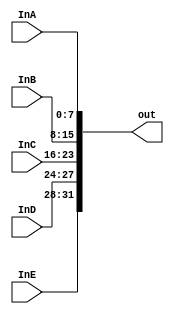
module task2_concatenator(InA, InB, InC, InD, InE, out);
  input [7:0] InA, InB, InC;
  input [3:0] InD, InE;
  output [31:0] out;
  
  assign out = {InE, InD, InC, InB, InA};
  
endmodule